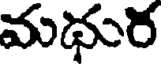
మధుర